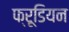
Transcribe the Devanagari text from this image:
फ्रूडियन